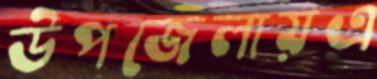
উপজেলায়এ